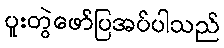
ပူးတွဲဖော်ပြအပ်ပါသည်